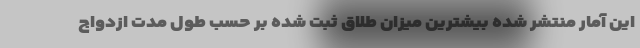
این آمار منتشر شده بیشترین میزان طلاق ثبت شده بر حسب طول مدت ازدواج